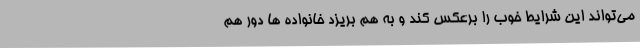
می‌تواند این شرایط خوب را برعکس کند و به هم بریزد خانواده ها دور هم